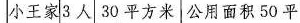
小王家3人 30平方米 公用面积50平